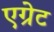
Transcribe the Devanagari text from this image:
एग्रेट